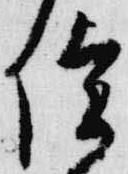
陰